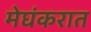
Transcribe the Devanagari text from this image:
मेघंकरात